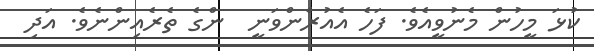
ކުޅަ މީހުން މެނުވީއެވެ. ފަހެ އެއުރެންވަނީ  ންގެ ތެރެއިންނެވެ. އަދި